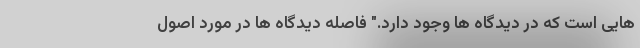
هایی است که در دیدگاه ها وجود دارد." فاصله دیدگاه ها در مورد اصول